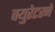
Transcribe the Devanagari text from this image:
क्युरेटरने